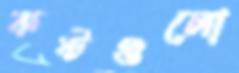
কষ্টগুলো